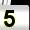
Digit: 5